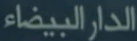
الادار البيضاء